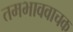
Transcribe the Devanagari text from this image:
तमभाववाचक